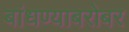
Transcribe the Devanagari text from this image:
बांधण्याबरोबर